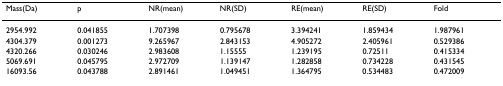
<table><thead><tr><td><b>Mass(Da)</b></td><td><b>p</b></td><td><b>NR(mean)</b></td><td><b>NR(SD)</b></td><td><b>RE(mean)</b></td><td><b>RE(SD)</b></td><td><b>Fold</b></td></tr></thead><tbody><tr><td>2954.992</td><td>0.041855</td><td>1.707398</td><td>0.795678</td><td>3.394241</td><td>1.859434</td><td>1.987961</td></tr><tr><td>4304.379</td><td>0.001273</td><td>9.265967</td><td>2.843153</td><td>4.905272</td><td>2.405961</td><td>0.529386</td></tr><tr><td>4320.266</td><td>0.030246</td><td>2.983608</td><td>1.15555</td><td>1.239195</td><td>0.72511</td><td>0.415334</td></tr><tr><td>5069.691</td><td>0.045795</td><td>2.972709</td><td>1.139147</td><td>1.282858</td><td>0.734228</td><td>0.431545</td></tr><tr><td>16093.56</td><td>0.043788</td><td>2.891461</td><td>1.049451</td><td>1.364795</td><td>0.534483</td><td>0.472009</td></tr></tbody></table>